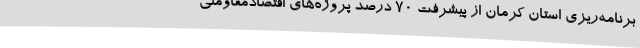
برنامه‌ریزی استان کرمان از پیشرفت 70 درصد پروژه‌های اقتصادمقاومتی